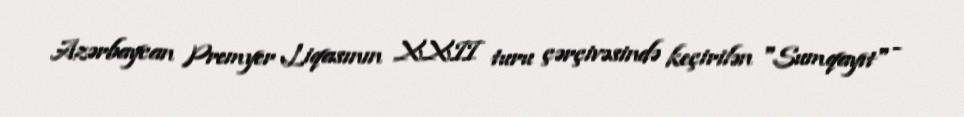
Azərbaycan Premyer Liqasının XXII turu çərçivəsində keçirilən "Sumqayıt" -